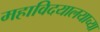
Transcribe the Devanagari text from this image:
महाविदयालयाच्या